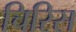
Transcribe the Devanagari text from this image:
चिरिस